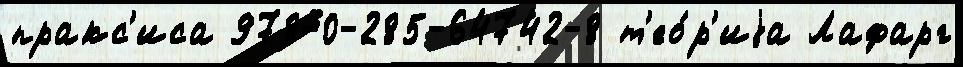
пракс'иса 978-0-285-64742-8 т'ео́р'иjа Лафарг